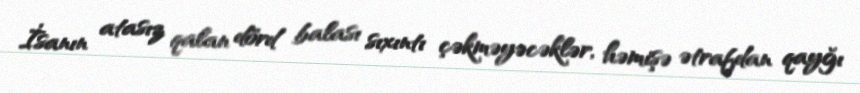
İsanın atasız qalan dörd balası sıxıntı çəkməyəcəklər, həmişə ətrafdan qayğı